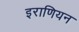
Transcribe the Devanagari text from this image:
इराणियन